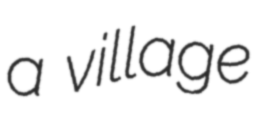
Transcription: a village